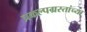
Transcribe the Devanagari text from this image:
प्रकल्पग्रस्तांच्या